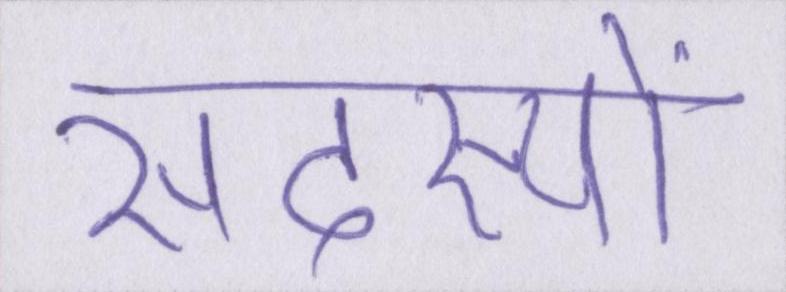
सदस्यों